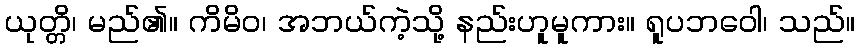
ယုတ္တိ၊ မည်၏။ ကိမိဝ၊ အဘယ်ကဲ့သို့ နည်းဟူမူကား။ ရူပဘဝေါ၊ သည်။